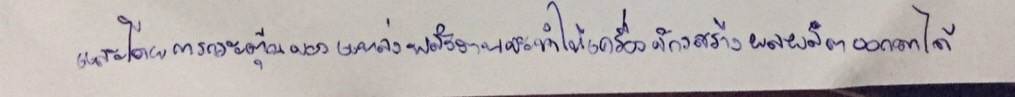
และโดยการกระตุ้นของแหล่งพลังงานจะทำให้เครื่องจักรสร้างผลผลิตออกมาได้